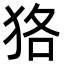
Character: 狢